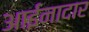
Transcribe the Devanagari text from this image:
आईनादार